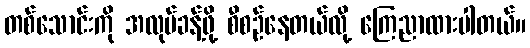
တစ်သောင်းကို အလုပ်ခန့်ဖို့ စီစဉ်နေတယ်လို့ ကြေညာထားပါတယ်။